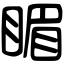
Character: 睸